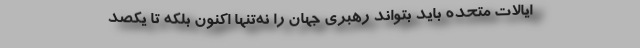
ایالات متحده باید بتواند رهبری جهان را نه‌تنها اکنون بلکه تا یکصد